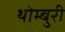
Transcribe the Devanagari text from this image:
थोम्बुरी